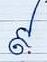
៩.